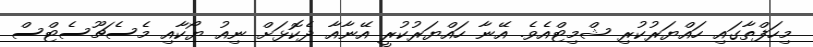
މިހަފްތާގައި ހައްޔަރުކުރި ޝްމިޓްއެވެ. އޭނާ ހައްޔަރުކުރީ އޭނާއާ ދެކޮޅަށް ނިއު ޔޯކާއި މެސެޗޫސެޓްސް